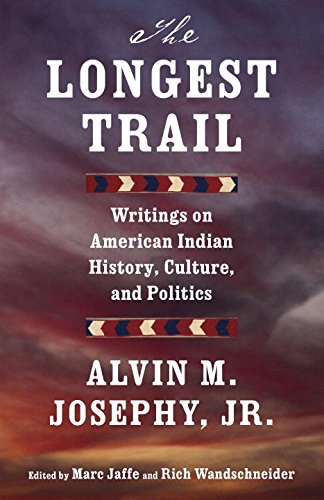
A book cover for The Longest Trail: Writings on American Indian History, Culture, and Politics (Vintage Originals); Alvin M. Josephy Jr.; History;